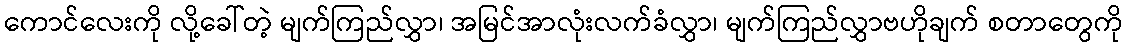
ကောင်လေးကို လို့ခေါ်တဲ့ မျက်ကြည်လွှာ၊ အမြင်အာလုံးလက်ခံလွှာ၊ မျက်ကြည်လွှာဗဟိုချက် စတာတွေကို